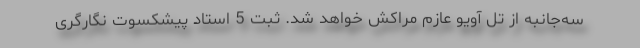
سه‌جانبه از تل آویو عازم مراکش خواهد شد. ثبت 5 استاد پیشکسوت نگارگری